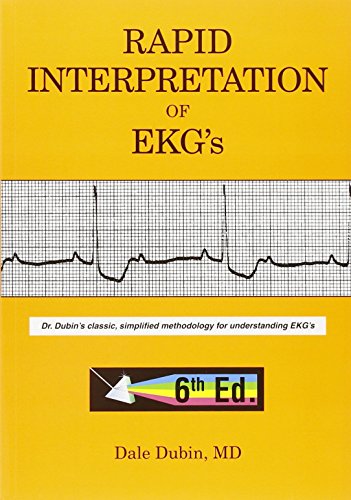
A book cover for Rapid Interpretation of EKG's, Sixth Edition; Dale Dubin; Medical Books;